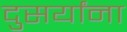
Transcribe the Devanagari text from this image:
दुसर्यांना